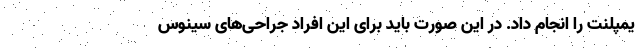
یمپلنت را انجام داد. در این صورت باید برای این افراد جراحی‌های سینوس